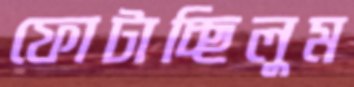
ফোটাচ্ছিলুম